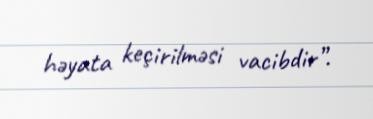
həyata keçirilməsi vacibdir”.